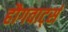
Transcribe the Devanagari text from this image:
हौगवार्ट्स